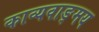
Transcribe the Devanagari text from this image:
काव्यवाङ्‌मय